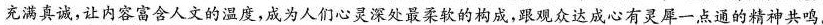
充满真诚，让内容富含人文的温度，成为人们心灵深处最柔软的构成，跟观众达成心有灵犀一点通的精神共鸣。